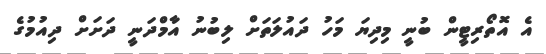
އެ އޮތޯރިޓީން ބުނީ މިދިޔަ މަހު ދައުލަތަށް ލިބުނު އާމްދަނީ ދަށަށް ދިއުމުގެ